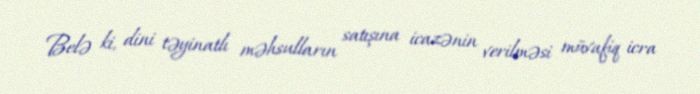
Belə ki, dini təyinatlı məhsulların satışına icazənin verilməsi müvafiq icra